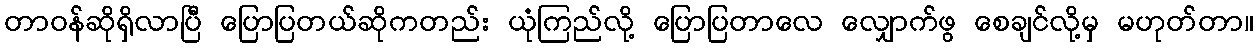
တာဝန်ဆိုရှိလာပြီ ပြောပြတယ်ဆိုကတည်း ယုံကြည်လို့ ပြောပြတာလေ လျှောက်ဖွ စေချင်လို့မှ မဟုတ်တာ။